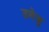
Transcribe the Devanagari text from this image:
उमेजु